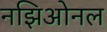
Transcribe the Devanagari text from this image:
नझिओनल